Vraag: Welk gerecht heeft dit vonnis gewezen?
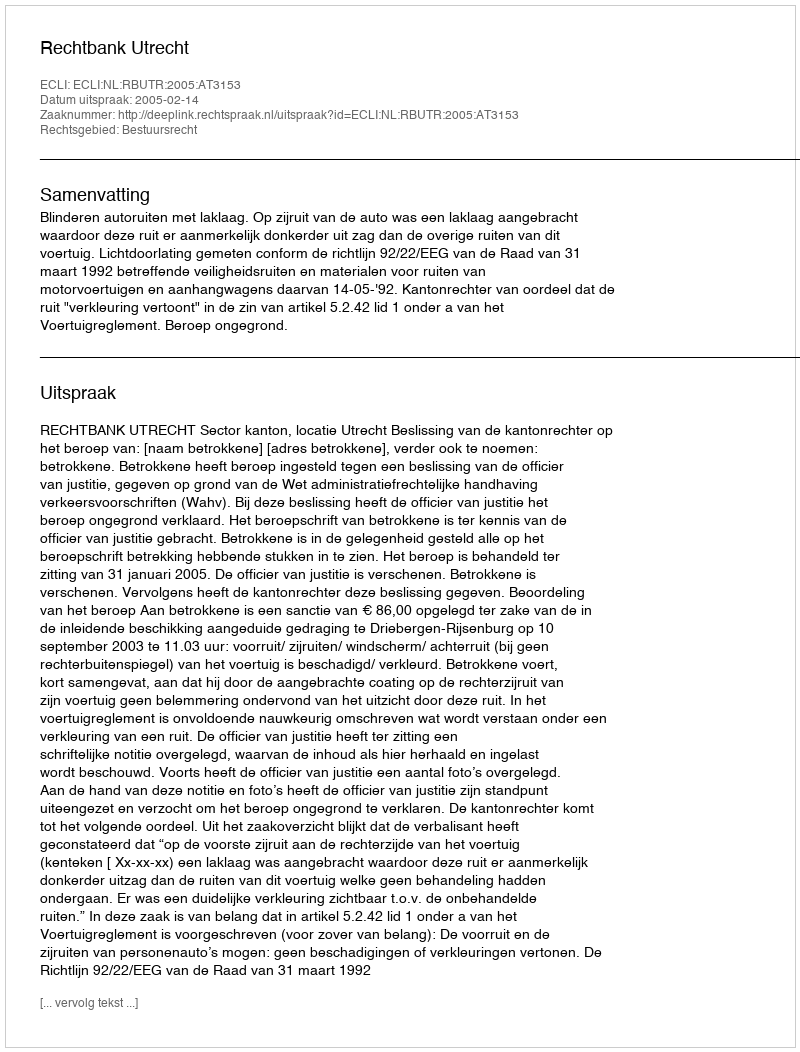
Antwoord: Rechtbank Utrecht